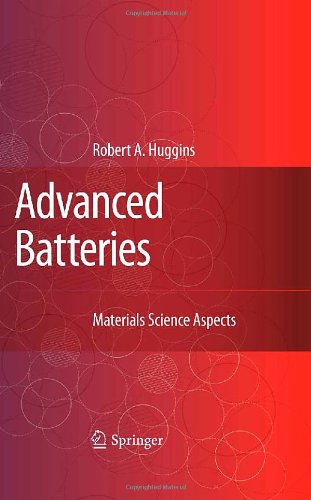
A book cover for Advanced Batteries: Materials Science Aspects; Robert A. Huggins; Science & Math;